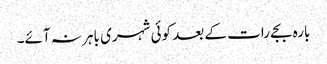
بارہ بجے رات کے بعد کوئی شہری باہر نہ آئے۔